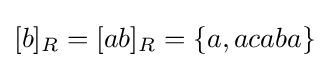
[b]_{R}=[ab]_{R}=\{a,acaba\}